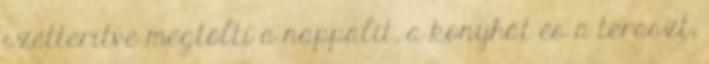
szétterítve megtölti a nappalit, a konyhát és a teraszt,